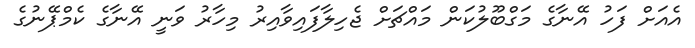
އެއަށް ފަހު އޭނާގެ މަގްބޫލުކަން މައްޗަށް ޖެހިލާފައިވާއިރު މިހާރު ވަނީ އޭނާގެ ކެމްޕޭނުގެ